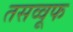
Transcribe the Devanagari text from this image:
तसव्वूफ